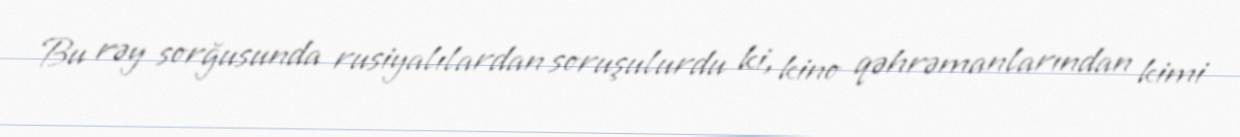
Bu rəy sorğusunda rusiyalılardan soruşulurdu ki, kino qəhrəmanlarından kimi